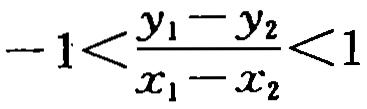
\(-1<\frac{y_{1}-y_{2}}{x_{1}-x_{2}}<1\)